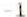
-1